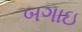
બગાઇ